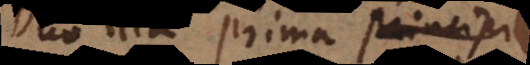
Duo illa prima principia: